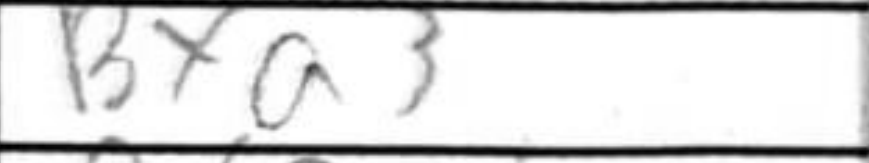
Transcription: Bxa3